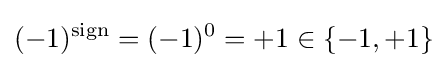
(-1)^{\text{sign}}=(-1)^{0}=+1\in \{-1,+1\}